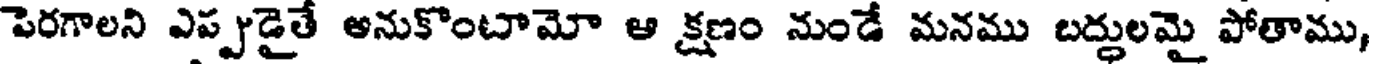
పెరగాలని ఎప్పుడైతే అనుకొంటామో ఆ క్షణం నుండే మనము బద్దులమై పోతాము,